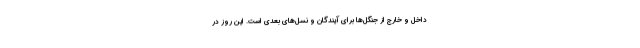
داخل و خارج از جنگل‌ها برای آیندگان و نسل‌های بعدی است. این روز در